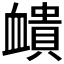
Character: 𧗏